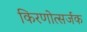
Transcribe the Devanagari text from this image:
किरणोत्सर्जक